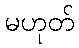
မဟုတ်